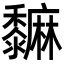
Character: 𪐎